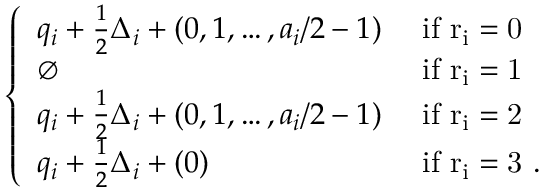
\left\{ \begin{array} { l l } { q _ { i } + \frac 1 2 \Delta _ { i } + ( 0 , 1 , \dots , a _ { i } / 2 - 1 ) } & { \mathrm { ~ i f ~ r _ i = 0 ~ } } \\ { \emptyset } & { \mathrm { ~ i f ~ r _ i = 1 ~ } } \\ { q _ { i } + \frac 1 2 \Delta _ { i } + ( 0 , 1 , \dots , a _ { i } / 2 - 1 ) } & { \mathrm { ~ i f ~ r _ i = 2 ~ } } \\ { q _ { i } + \frac 1 2 \Delta _ { i } + ( 0 ) } & { \mathrm { ~ i f ~ r _ i = 3 ~ . } } \end{array} \right.